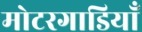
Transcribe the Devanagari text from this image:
मोटरगाडियाँ